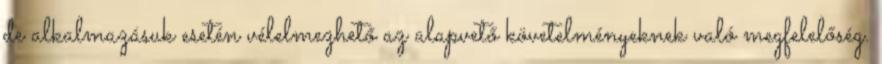
de alkalmazásuk esetén vélelmezhető az alapvető követelményeknek való megfelelőség.